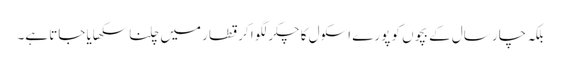
بلکہ چار سال کے بچوں کو پورے اسکول کا چکر لگوا کر قطار میں چلنا سکھایا جاتا ہے۔